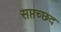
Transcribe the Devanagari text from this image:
सप्तच्छद